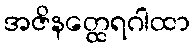
အဇိနတ္ထေရဂါထာ